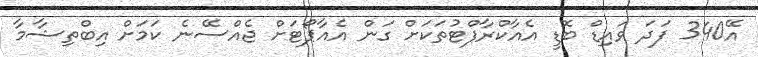
އޭ340 ފަދަ ވައިޑް ބޮޑީ އެއާކްރާފްޓުތަކަށް ގަން އެއާޕޯޓަށް ޖެއްސޭނެ ކަމަށް އިބްތިޝާމާ